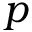
\boldsymbol { p }